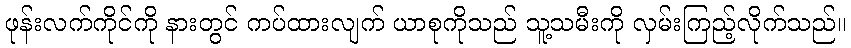
ဖုန်းလက်ကိုင်ကို နားတွင် ကပ်ထားလျက် ယာစုကိုသည် သူ့သမီးကို လှမ်းကြည့်လိုက်သည်။